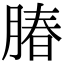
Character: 䐏